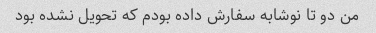
من دو تا نوشابه سفارش داده بودم که تحویل نشده بود